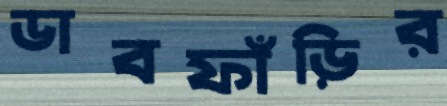
ডাবফাঁড়ির